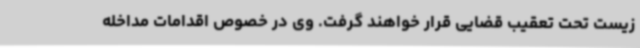
زیست تحت تعقیب قضایی قرار خواهند گرفت. وی در خصوص اقدامات مداخله‌